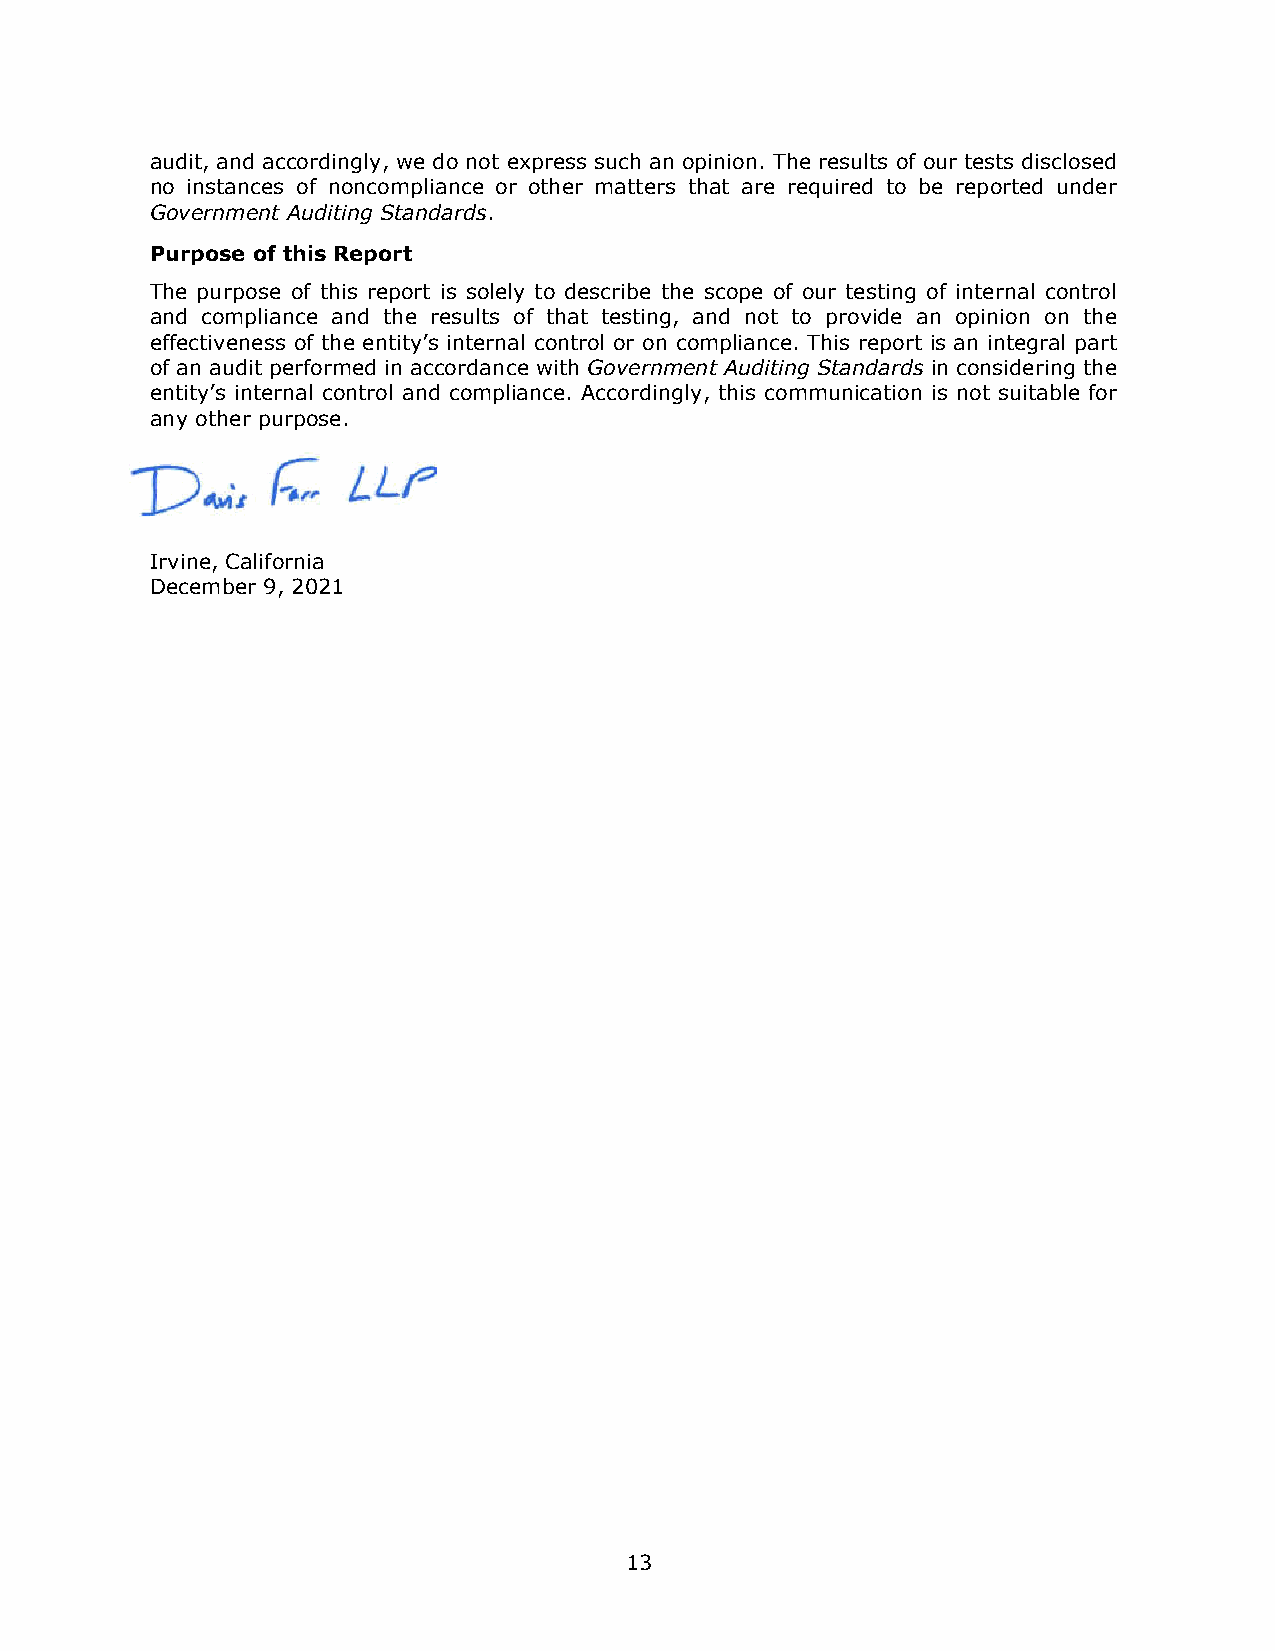
audit, and accordingly, we do not express such an opinion. The results of our tests disclosed
 no instances of noncompliance or other matters that are required to be reported under
 Government Auditing Standards.
 Purpose of this Report
 The purpose of this report is solely to describe the scope of our testing of internal control
 and compliance and the results of that testing, and not to provide an opinion on the
 effectiveness of the entity’s internal control or on compliance. This report is an integral part
 of an audit performed in accordance with Government Auditing Standards in considering the
 entity’s internal control and compliance. Accordingly, this communication is not suitable for
 any other purpose.
 Irvine, California
 December 9, 2021
 13